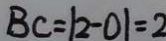
B C = \vert 2 - 0 \vert = 2